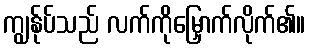
ကျွန်ုပ်သည် လက်ကိုမြှောက်လိုက်၏။